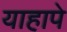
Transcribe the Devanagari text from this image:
याहापे